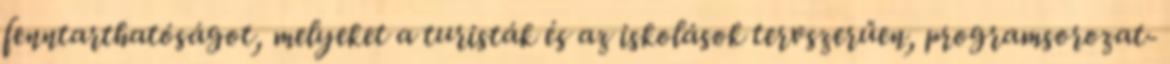
fenntarthatóságot, melyeket a turisták és az iskolások tervszerűen, programsorozat-